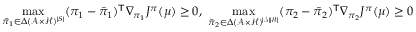
\operatorname* { m a x } _ { \bar { \pi } _ { 1 } \in { \Delta } ( \mathcal { A } \times \mathcal { H } ) ^ { | S | } } ( \pi _ { 1 } - \bar { \pi } _ { 1 } ) ^ { \mathsf T } \nabla _ { \pi _ { 1 } } J ^ { \pi } ( \mu ) \ge 0 , \ \operatorname* { m a x } _ { \bar { \pi } _ { 2 } \in \Delta ( \mathcal { A } \times \mathcal { H } ) ^ { | \mathcal { S } | | \mathcal { H } | } } ( \pi _ { 2 } - \bar { \pi } _ { 2 } ) ^ { \mathsf T } \nabla _ { \pi _ { 2 } } J ^ { \pi } ( \mu ) \ge 0